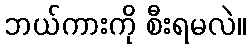
ဘယ်ကားကို စီးရမလဲ။